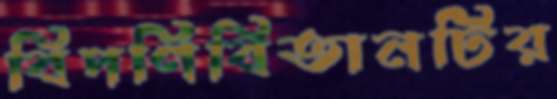
বিপণিবিতানটির